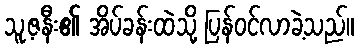
သူ့ဇနီး၏ အိပ်ခန်းထဲသို့ ပြန်ဝင်လာခဲ့သည်။